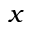
x